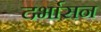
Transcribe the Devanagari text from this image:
दर्भासन